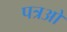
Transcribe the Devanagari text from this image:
पत्रओ